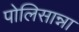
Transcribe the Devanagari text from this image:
पोलिसान्ना